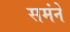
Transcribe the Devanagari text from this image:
समंने